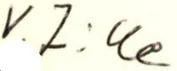
V.Z:lle